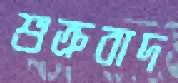
শুক্রবাদ